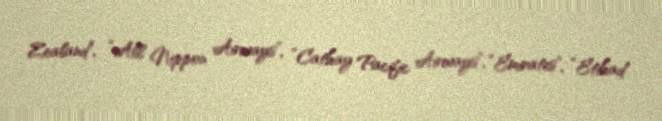
Zealand”, “All Nippon Airways”, “Cathay Pacific Airways”, “Emirates”, “Etihad